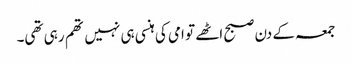
جمعہ کے دن صبح اٹھے تو امی کی ہنسی ہی نہیں تھم رہی تھی۔